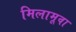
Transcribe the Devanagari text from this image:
मिलामूवा